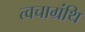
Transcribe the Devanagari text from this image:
त्वचाग्रंथि